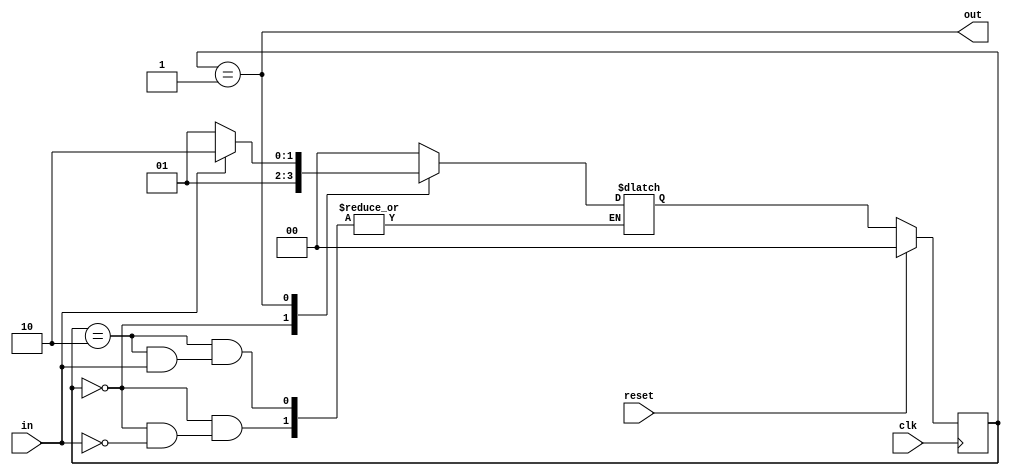
`timescale 1ns / 1ps
//////////////////////////////////////////////////////////////////////////////////
// Company: 
// Engineer: 
// 
// Design Name: 
// Module Name: FSM2_Moore
// Project Name: 
// Target Devices: 
// Tool Versions: 
// Description: 
// 
// Dependencies: 
// 
// Revision:
// Revision 0.01 - File Created
// Additional Comments:
// 
//////////////////////////////////////////////////////////////////////////////////


module FSM2_Moore(
    input clk,
    input reset,
    input in,
    output out
    );
    
    reg [1:0] state, state_next;
    
    localparam Q0 = 2'b00;
    localparam Q1 = 2'b01;
    localparam Q2 = 2'b10;
    
    always@(posedge clk) begin
        if(reset) 
            state <= Q0;
        else
            state <= state_next;
    end
    
    always@(*) begin
      
        case(state)
            Q0: begin
                if(in == 1)
                    state_next = Q1;
            end
            Q1: begin
                if(in == 1)
                    state_next = Q2;
                else
                    state_next = Q1;
            end
            Q2: begin
                if(in == 0)
                    state_next = Q0;
            end
            default: state_next = Q0;
        endcase
    end
    
    assign out = (state == Q1);
endmodule